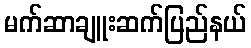
မက်ဆာချူးဆက်ပြည်နယ်